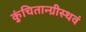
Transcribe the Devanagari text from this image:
कुंचितान्ग्रीस्थवं